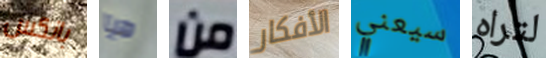
بانكس هيا من الأفكار سيعني لتراه